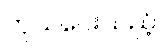
ကုသပေးသည့်